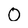
Character: 0